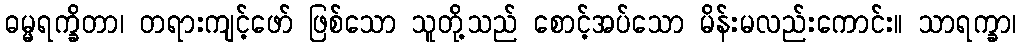
ဓမ္မရက္ခိတာ၊ တရားကျင့်ဖော် ဖြစ်သော သူတို့သည် စောင့်အပ်သော မိန်းမလည်းကောင်း။ သာရက္ခာ၊